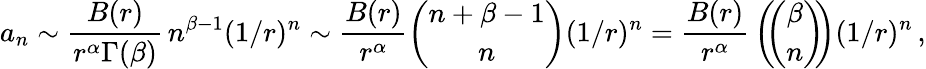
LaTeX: a_{n}\sim{\frac{B(r)}{r^{\alpha}\Gamma(\beta)}}\, n^{\beta-1}(1/r)^{n}\sim{\frac{B(r)}{r^{\alpha}}}{\binom{n+\beta-1}{n}}(1/r)^{n}={\frac{B(r)}{r^{\alpha}}}\left(\! \! {\binom{\beta}{n}}\! \! \right)(1/r)^{n}\, ,